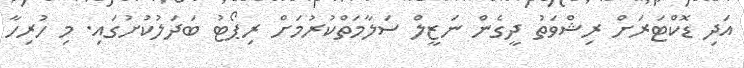
އަދި ޑޮކްޓަރަށް ރިޝްވަތު ދީގެން ނަޒީލް ސަލާމަތްކުރުމަށް ރިޕޯޓު ބަދަލުކުށުގައި. މި ހުރިހާ